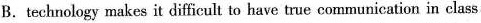
B.technology makes it difficult to have true communication in class